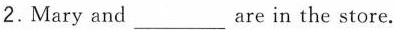
2.Mary and ___ are in the store.